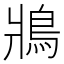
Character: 𩿄